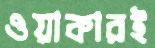
ওয়াকারই